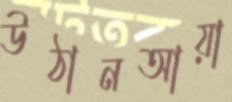
উঠানআয়া